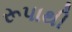
રૂપાથી